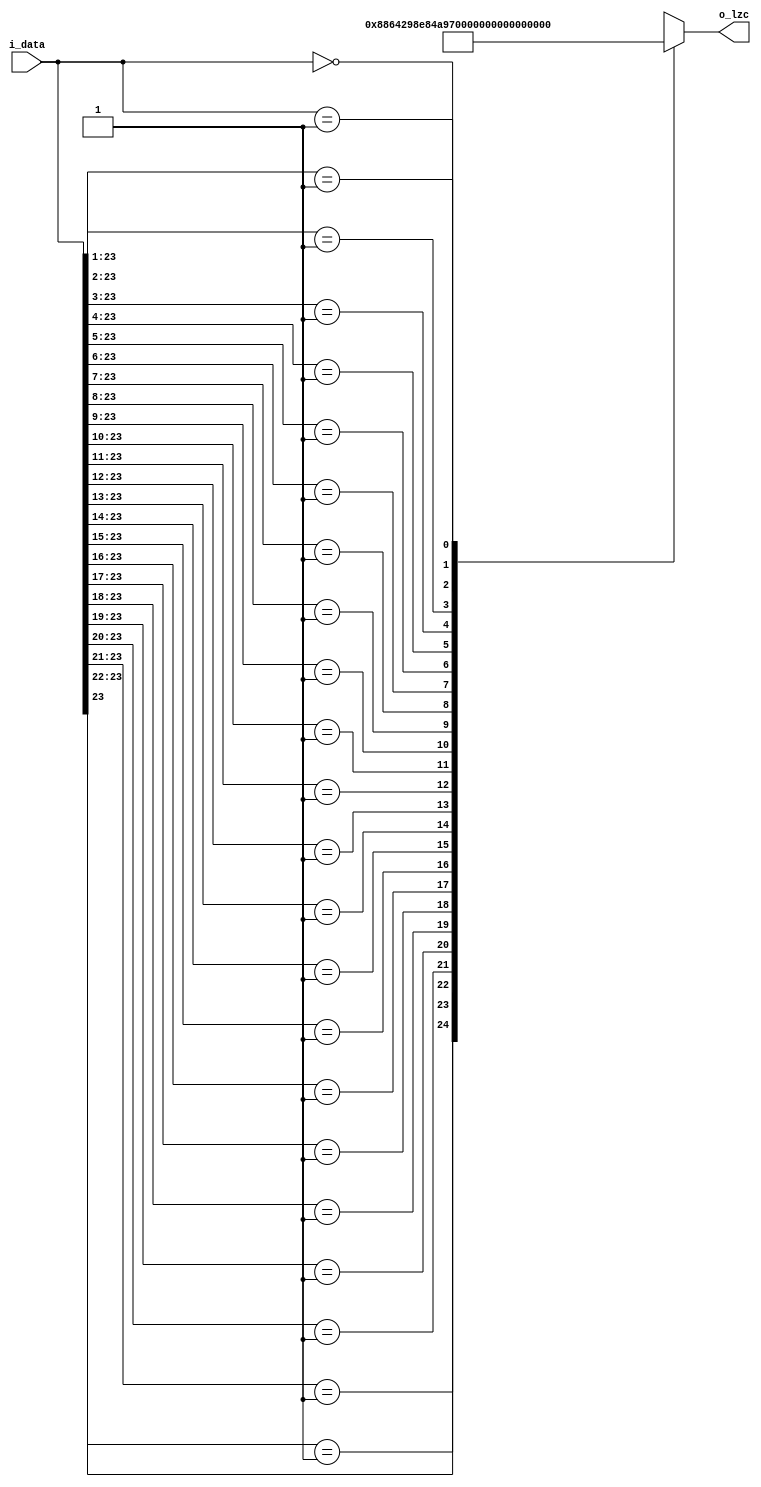
//NOTE: This is based on this:
// https://github.com/algofoogle/raybox/blob/main/src/rtl/lzc_b.v
//...in this case, hard-coded for 24-bit inputs, i.e. Q12.12.

`default_nettype none
`timescale 1ns / 1ps

module lzc(
  input [23:0] i_data,
  output [4:0] o_lzc      // 0..24 is normal.
);

  function [4:0] f_lzc(input [23:0] data);
    casez (i_data)
      //SMELL: This is probably a sloppy way to do this, and it is currently hard-coded for 24-bit inputs only:
      24'b1???????????????????????:  f_lzc =  0;
      24'b01??????????????????????:  f_lzc =  1;
      24'b001?????????????????????:  f_lzc =  2;
      24'b0001????????????????????:  f_lzc =  3;
      24'b00001???????????????????:  f_lzc =  4;
      24'b000001??????????????????:  f_lzc =  5;
      24'b0000001?????????????????:  f_lzc =  6;
      24'b00000001????????????????:  f_lzc =  7;
      24'b000000001???????????????:  f_lzc =  8;
      24'b0000000001??????????????:  f_lzc =  9;
      24'b00000000001?????????????:  f_lzc = 10;
      24'b000000000001????????????:  f_lzc = 11;
      24'b0000000000001???????????:  f_lzc = 12;
      24'b00000000000001??????????:  f_lzc = 13;
      24'b000000000000001?????????:  f_lzc = 14;
      24'b0000000000000001????????:  f_lzc = 15;
      24'b00000000000000001???????:  f_lzc = 16;
      24'b000000000000000001??????:  f_lzc = 17;
      24'b0000000000000000001?????:  f_lzc = 18;
      24'b00000000000000000001????:  f_lzc = 19;
      24'b000000000000000000001???:  f_lzc = 20;
      24'b0000000000000000000001??:  f_lzc = 21;
      24'b00000000000000000000001?:  f_lzc = 22;
      24'b000000000000000000000001:  f_lzc = 23;
      24'b000000000000000000000000:  f_lzc = 24;
    endcase

  endfunction

  assign o_lzc = f_lzc(i_data);

endmodule